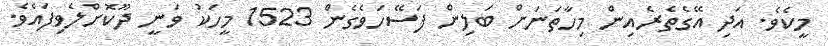
މީކެވެ. އަދި އޭގެތެރެއިން މިހާތަނަށް ބަލިން ފަސޭހަވެގެން 1523 މީހަކު ވަނީ ދޫކޮށްލެވިފައެވެ.